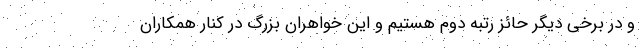
و در برخی دیگر حائز رتبه دوم هستیم و این خواهران بزرگ در کنار همکاران